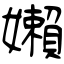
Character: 嬾